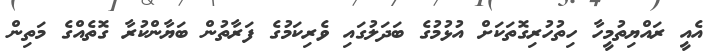
އެއީ ރައްޔިތުމީހާ ހިތުހުރިގޮތަކަށް އުޅުމުގެ ބަދަލުގައި ވެރިކަމުގެ ފަރާތުން ބަޔާންކުރާ ގޮތެއްގެ މަތިން